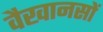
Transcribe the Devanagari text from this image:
वैखानसों